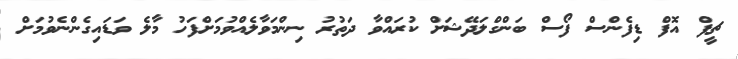
ޗީފް އޮފް ޑިފެންސް ފޯސް ބަންގްލަދޭޝަށް ކުރައްވާ ދަތުރު ނިންމަވާލެއްވުމަށްފަހު މާލެ ވަޑައިގެންނެވުމަށް